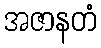
အဇာနတံ